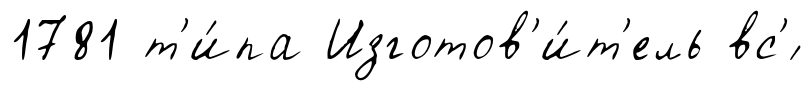
1781 т'и́па Изготов'и́т'ель вс'́